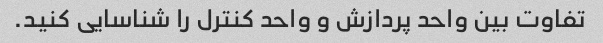
تفاوت بین واحد پردازش و واحد کنترل را شناسایی کنید.